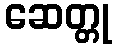
ဆေတ္တု